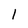
Character: 1